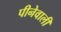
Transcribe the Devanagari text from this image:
पीनेवाली